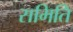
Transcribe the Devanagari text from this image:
समिति